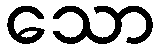
သော